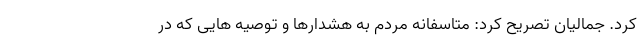
کرد. جمالیان تصریح کرد: متاسفانه مردم به هشدارها و توصیه هایی که در